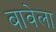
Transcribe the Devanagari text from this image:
बावेला